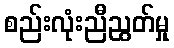
စည်းလုံးညီညွတ်မှု